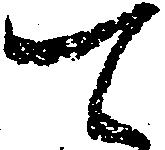
て